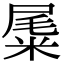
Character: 𥹹